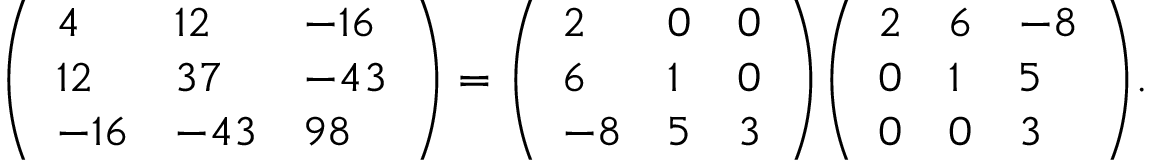
{ \begin{array} { r } { { \left( \begin{array} { l l l } { 4 } & { 1 2 } & { - 1 6 } \\ { 1 2 } & { 3 7 } & { - 4 3 } \\ { - 1 6 } & { - 4 3 } & { 9 8 } \end{array} \right) } = { \left( \begin{array} { l l l } { 2 } & { 0 } & { 0 } \\ { 6 } & { 1 } & { 0 } \\ { - 8 } & { 5 } & { 3 } \end{array} \right) } { \left( \begin{array} { l l l } { 2 } & { 6 } & { - 8 } \\ { 0 } & { 1 } & { 5 } \\ { 0 } & { 0 } & { 3 } \end{array} \right) } . } \end{array} }